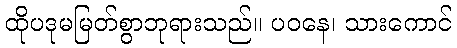
ထိုပဒုမမြတ်စွာဘုရားသည်။ ပဝနေ၊ သားကောင်